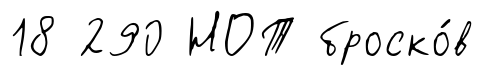
18 290 НОТ броско́в